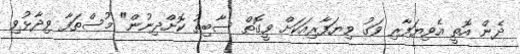
ދެން އޮތީ އެވިޔަފާރި ވަގު ވިޔަފާރިއަކަށް ވީގޮތް ސާބިތު ކޮށްދިނުން" މުސްތަފާ ވިދާޅުވި